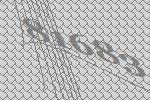
81683